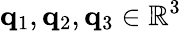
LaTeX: \mathbf{q}_{1},\mathbf{q}_{2},\mathbf{q}_{3}\in\mathbb{R}^{3}